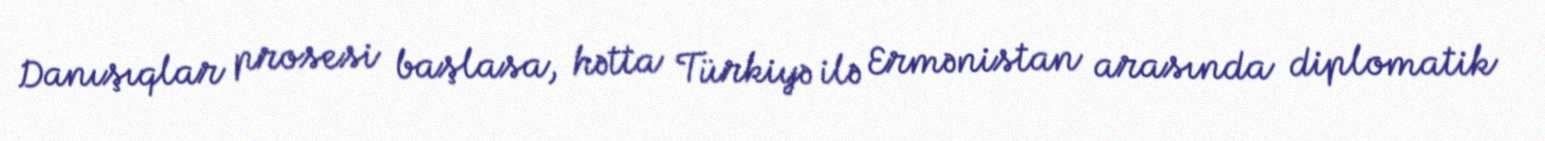
Danışıqlar prosesi başlasa, hətta Türkiyə ilə Ermənistan arasında diplomatik